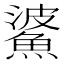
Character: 𩸓